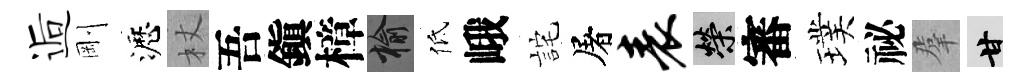
逅剛瀝杖吾鎭樟榆低峨詫屠表榮審璞祕羣甘